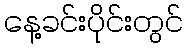
နေ့ခင်းပိုင်းတွင်